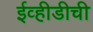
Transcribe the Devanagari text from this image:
ईव्हीडीची